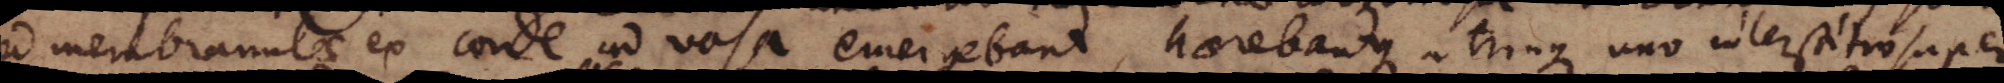
sed membranulae ex corde ad vasa emergebant, haerebantque utrinque uno interstitio super